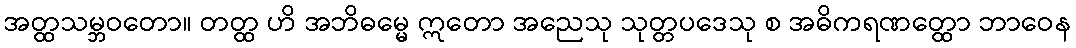
အတ္ထသမ္ဘဝတော။ တတ္ထ ဟိ အဘိဓမ္မေ ဣတော အညေသု သုတ္တပဒေသု စ အဓိကရဏတ္ထော ဘာဝေန